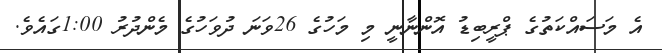
އެ މަސައްކަތުގެ ޕްރީބިޑު އޮންނާނީ މި މަހުގެ 26ވަނަ ދުވަހުގެ މެންދުރު 1:00ގައެވެ.